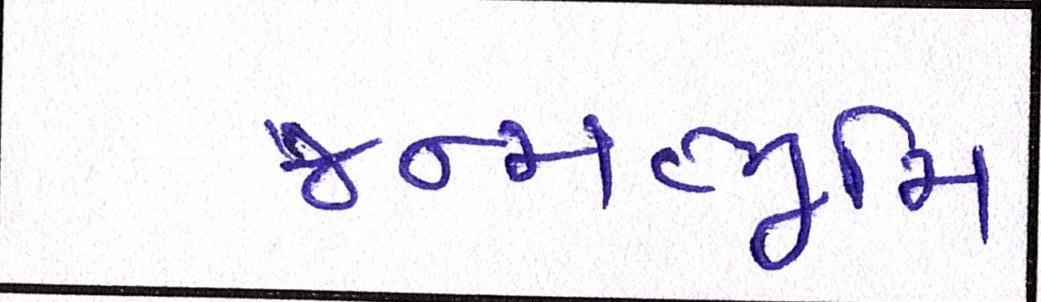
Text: જન્મભૂમિ